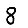
Digit: 8